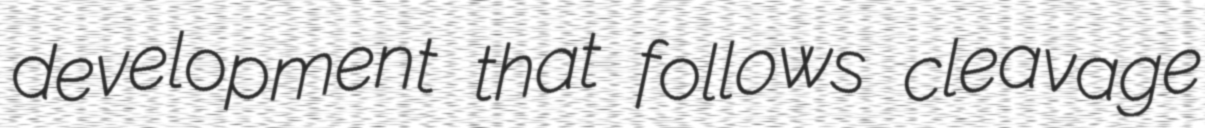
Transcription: development that follows cleavage